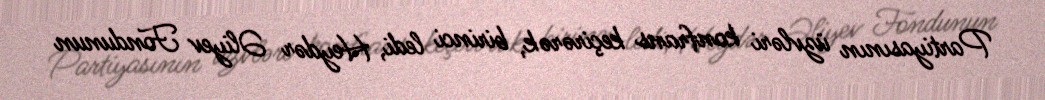
Partiyasının üzvləri konfrans keçirərək, birinci ledi, Heydər Əliyev Fondunun